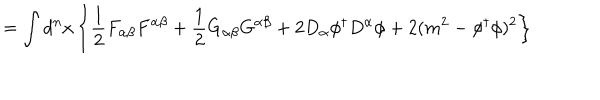
LaTeX: = \int d ^ { n } x \left\{ \frac { 1 } { 2 } F _ { \alpha \beta } F ^ { \alpha \beta } + \frac { 1 } { 2 } G _ { \alpha \beta } G ^ { \alpha \beta } + 2 D _ { \alpha } \phi ^ { \dagger } D ^ { \alpha } \phi + 2 ( m ^ { 2 } - \phi ^ { \dagger } \phi ) ^ { 2 } \right\}